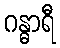
ဂန္ဓာရီ